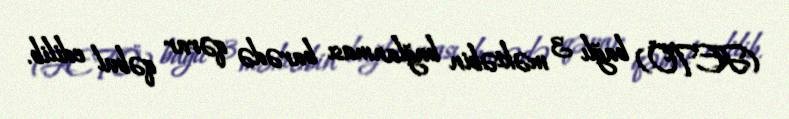
(FETÖ) bağlı 3 məktəbin bağlanması barədə qərar qəbul edilib.